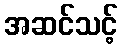
အဆင်သင့်